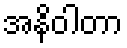
အနိဝါတာ